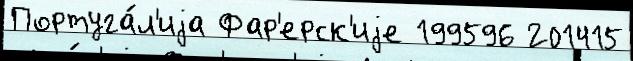
Португа́л'иjа Фар'ерск'иjе 199596 201415